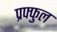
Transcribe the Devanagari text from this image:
प्रफ्फुल